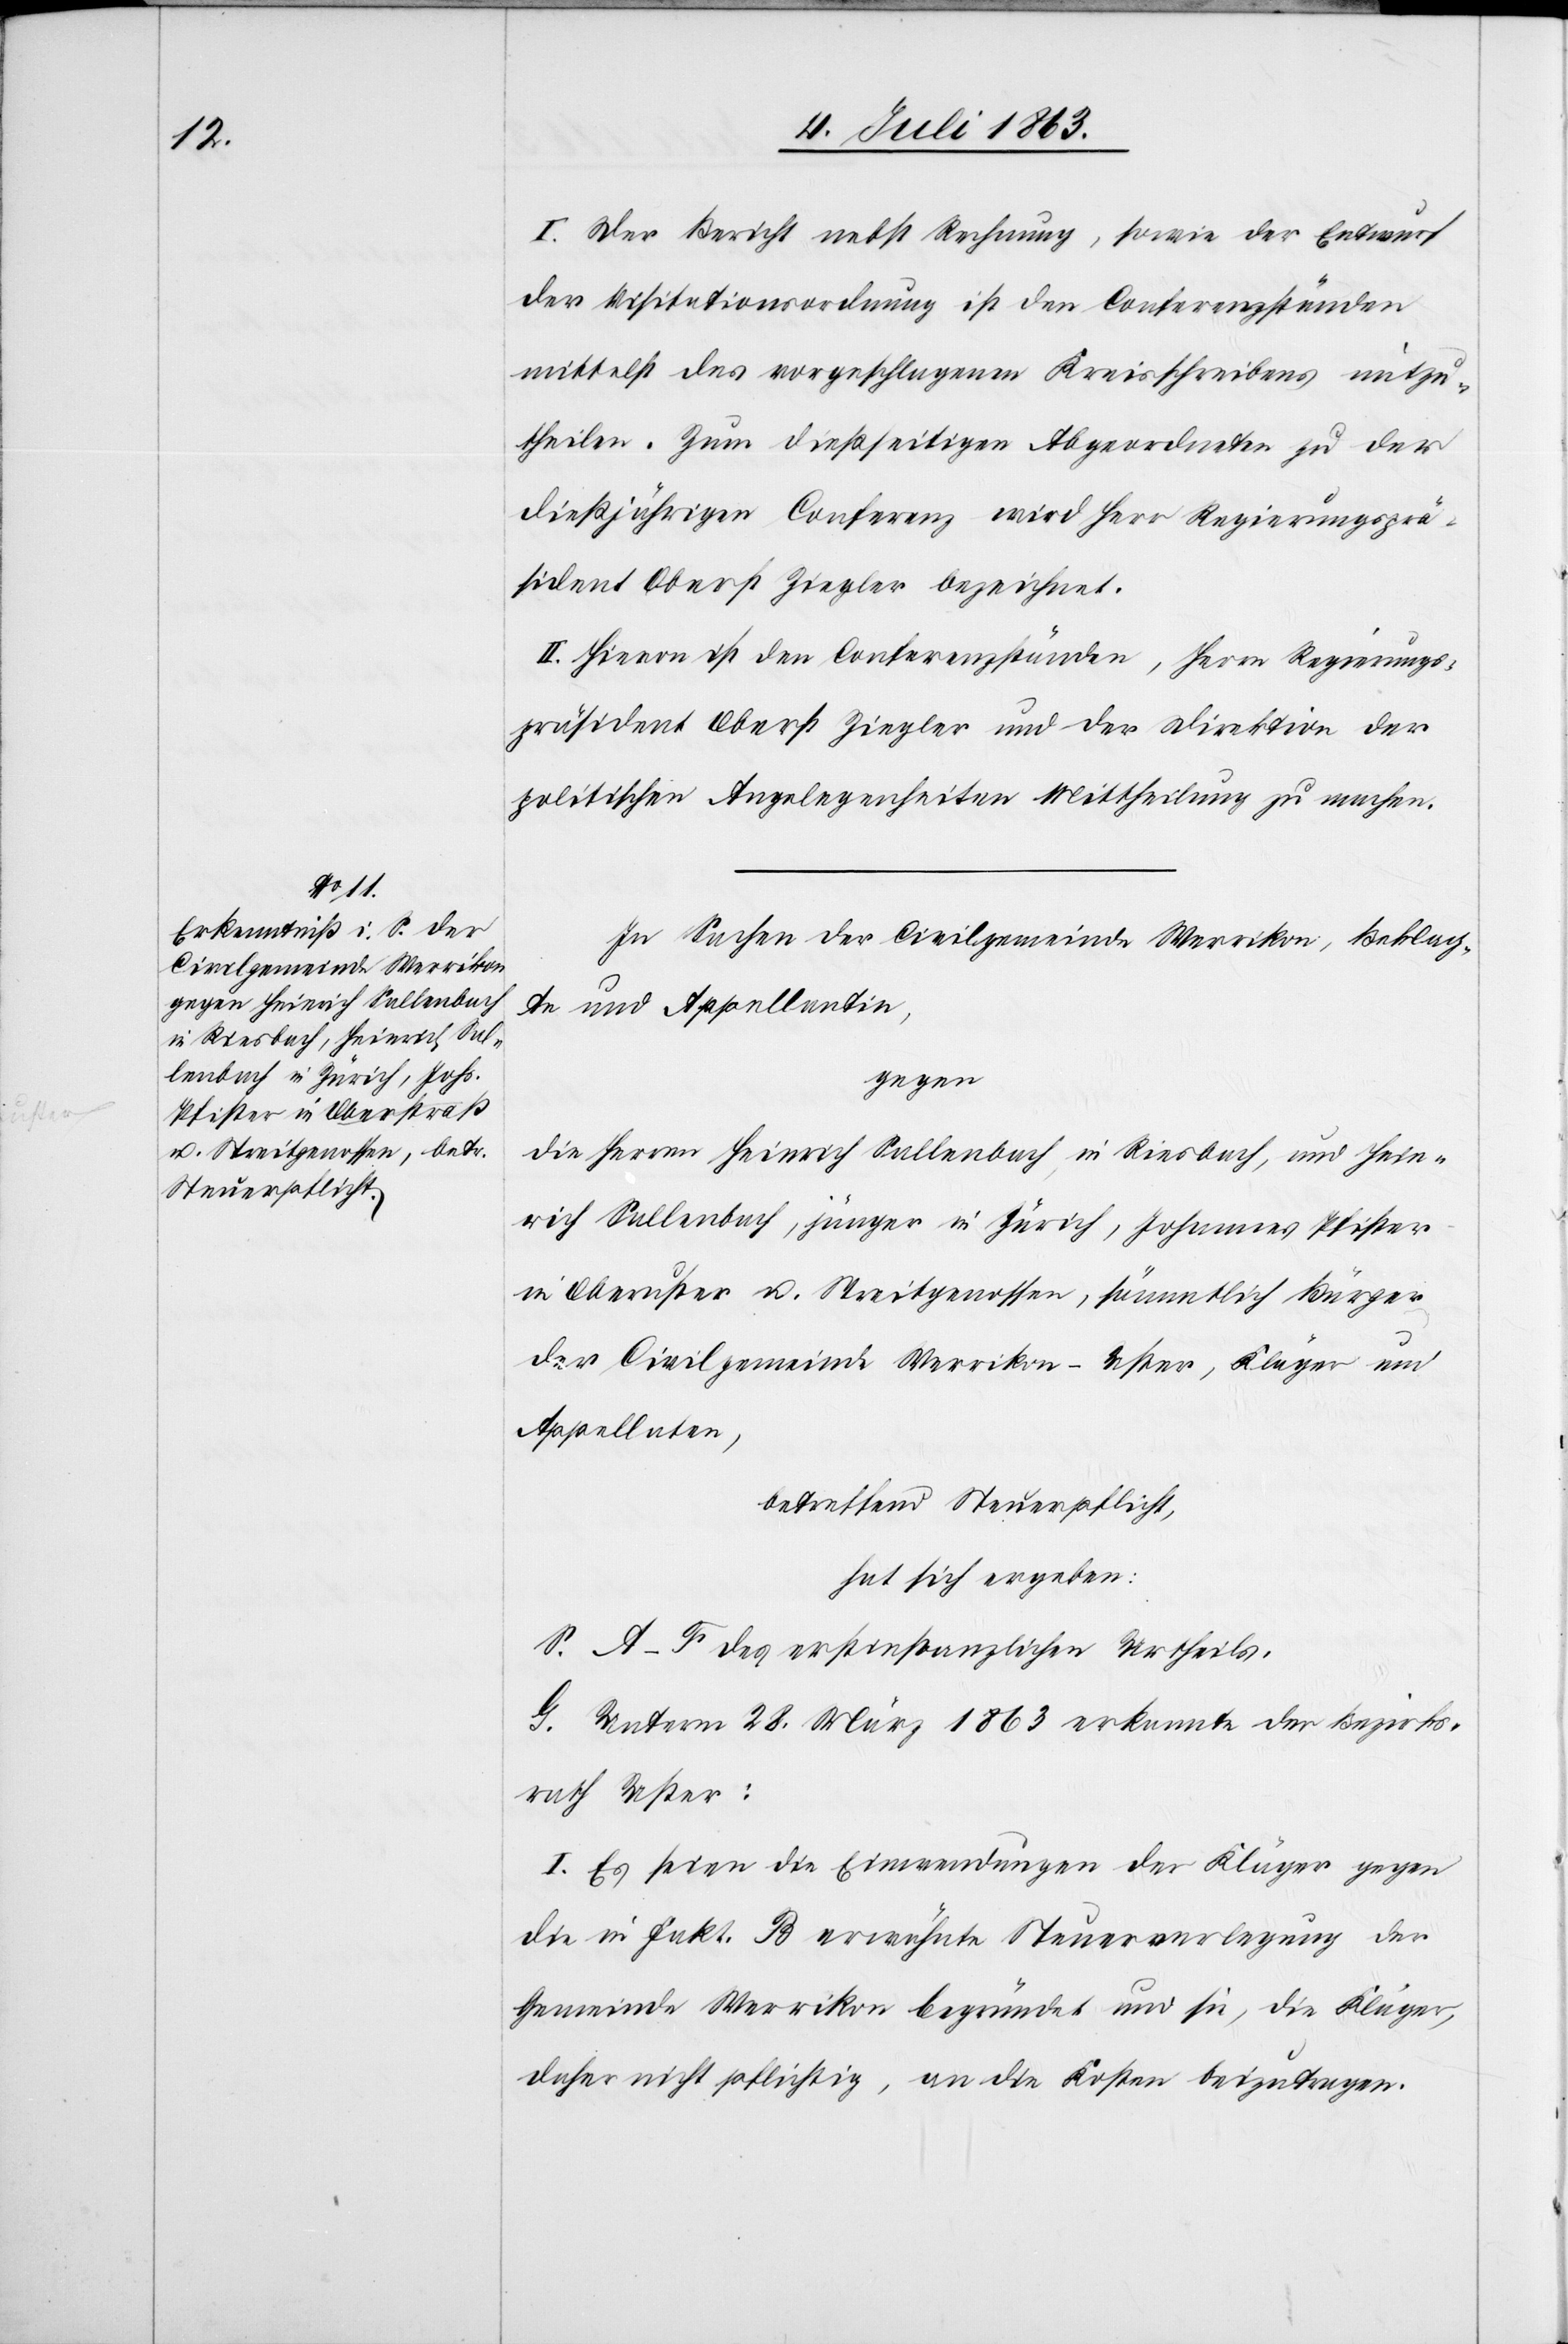
I. Der Bericht nebst Rechnung, sowie der Entwurf
der Visitationsordnung ist den Conferenzständen
mittelst des vorgeschlagenen Kreisschreibens mitzu¬
theilen. Zum dießseitigen Abgeordneten zu der
dießjährigen Conferenz wird Herr Regierungsprä¬
sident Oberst Ziegler bezeichnet.
II. Hievon ist den Conferenzständen, Herrn Regierungs¬
präsident Oberst Ziegler und der Direktion der
politischen Angelegenheiten Mittheilung zu machen.
In Sachen der Civilgemeinde Werrikon, Beklag¬
te und Appellantin,
gegen
die Herren Heinrich Sallenbach in Riesbach, und Hein¬
rich Sallenbach, jünger in Zürich, Johannes Pfister
in Oberuster u. Streitgenossen, sämmtlich Bürger
der Civilgemeinde Werrikon – Uster, Kläger und
Appellaten,
betreffend Steuerpflicht,
hat sich ergeben:
S. A–F des erstinstanzlichen Urtheils.
G. Unterm 28. März 1863 erkannte der Bezirks¬
rath Uster:
I. Es seien die Einwendungen der Kläger gegen
die in Fakt. B erwähnte Steuerverlegung der
Gemeinde Werrikon begründet und sie, die Kläger,
daher nicht pflichtig, an die Kosten beizutragen.